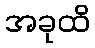
အခုထိ